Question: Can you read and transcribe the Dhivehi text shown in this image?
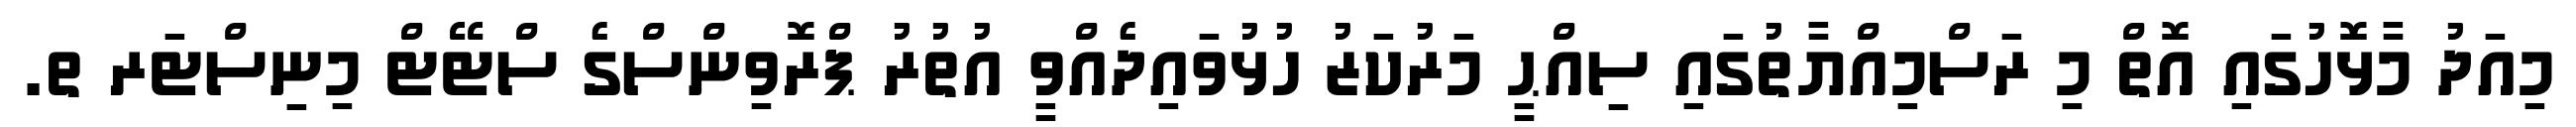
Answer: މިއަދު މާޅޮހުގައި އޮތް މި ރަސްމިއްޔާތުގައި ސިއްޙީ މަރުކަޒު ހުޅުވައިދެއްވީ އުތުރު ޕްރޮވިންސްގެ ސްޓޭޓް މިނިސްޓަރ ތ.